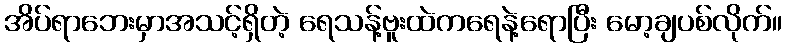
အိပ်ရာဘေးမှာအသင့်ရှိတဲ့ ရေသန့်ဗူးထဲကရေနဲ့ရောပြီး မော့ချပစ်လိုက်။